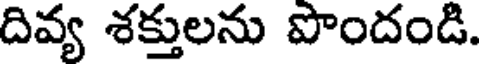
దివ్య శక్తులను పొందండి.